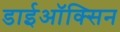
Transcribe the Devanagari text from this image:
डाईऑक्सिन